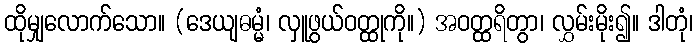
ထိုမျှလောက်သော။ (ဒေယျဓမ္မံ၊ လှူဖွယ်ဝတ္ထုကို။) အဝတ္ထရိတွာ၊ လွှမ်းမိုး၍။ ဒါတုံ၊